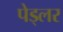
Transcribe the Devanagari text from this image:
पेड्लर